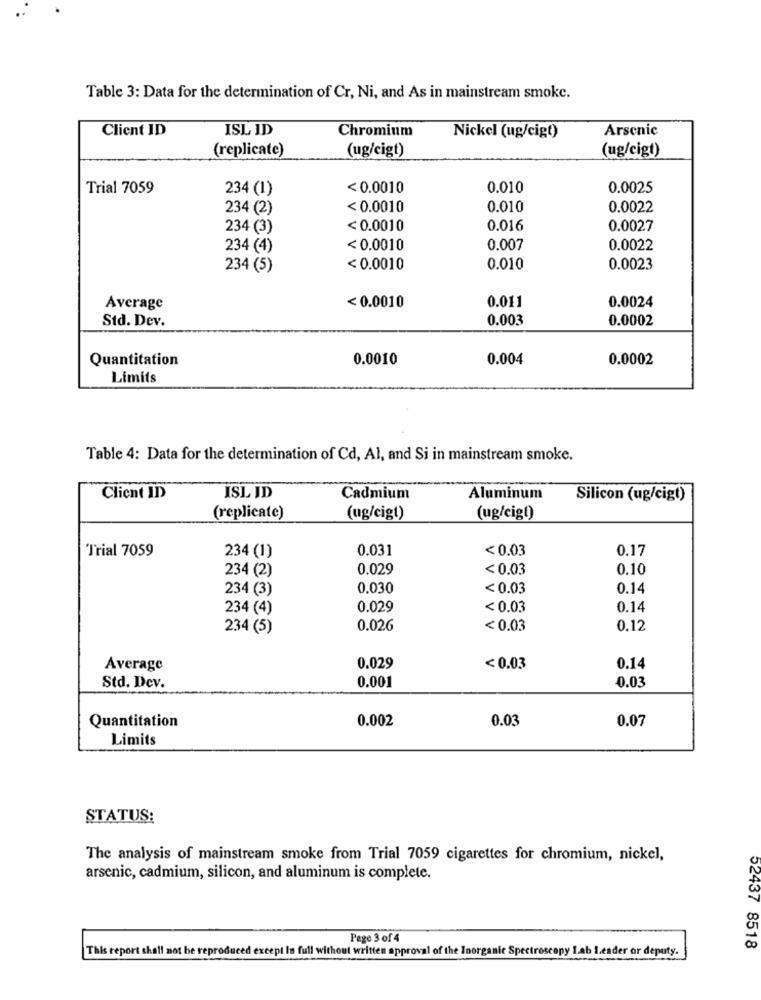
Table 3: Data for the determination of Cr, Ni, and As in mainstream smoke.
Client ID
ISL ID
Chromium
Arsenic
Nickel (ug/cigt)
(replicate)
(ug/cigt)
(ug/cigt)
Trial 7059
234 (1)
< 0.0010
0.010
0.0025
234 (2)
< 0.0010
0.010
0.0022
234 (3)
<0.0010
0.016
0.0027
234 (4)
< 0.0010
0.007
0.0022
234 (5)
< 0.0010
0.010
0.0023
0.0024
Average
<0.0010
0.011
Std. Dev.
0.003
0.0002
Quantitation
0.0010
0.004
0.0002
Limits
Table 4: Data for the determination of Cd, Al, and Si in mainstream smoke.
ISL ID
Client ID
Cadmium
Aluminum
Silicon (ug/cigt)
(replicate)
(ug/cigt)
(ug/cigt)
Trial 7059
0.031
< 0.03
0.17
234 (1)
234 (2)
0.029
<0.03
0.10
234 (3)
0.030
< 0.03
0.14
234 (4)
0.029
< 0.03
0.14
234 (5)
0.026
< 0.03
0.12
Average
0.029
< 0.03
0.14
0.001
0.03
Std. Dev.
0.002
0.03
0.07
Quantitation
Limits
STATUS:
The analysis of mainstream smoke from Trial 7059 cigarettes for chromium, nickel,
arsenic, cadmium, silicon, and aluminum is complete.
Page 3 of 4
This report shall not be reproduced except In full without written approval of the Inorganic Spectroscopy Lab Leader or deputy.
52437 8518